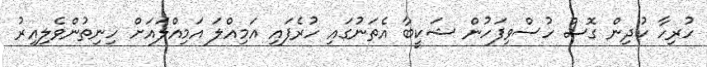
ހުރިހާ ކުދިން ގޮސް ހުސްވިފަހުން ޝަކީބާ އެތަނުގައި ހުރެފައި އަމިއްލަ އަމިއްލައަށް ހިނިތުންވެލިއިރު